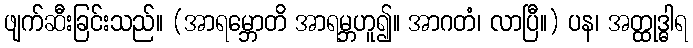
ဖျက်ဆီးခြင်းသည်။ (အာရမ္ဘောတိ အာရမ္ဘဟူ၍။ အာဂတံ၊ လာပြီ။) ပန၊ အတ္ထုဒ္ဓါရ